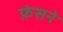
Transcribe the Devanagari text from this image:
फ़ंसने